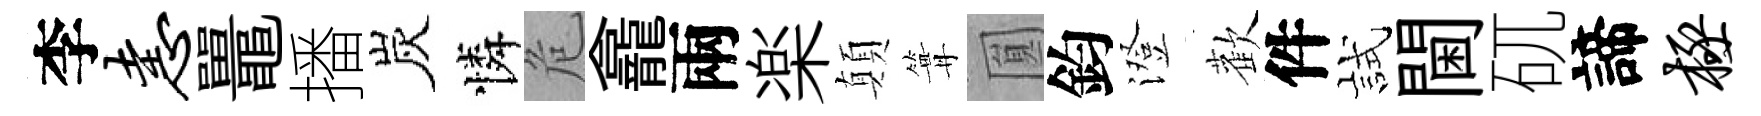
李恚鼉播炭憐危龕兩楽顛篝圎鈞澄歡件試閫矹諦极